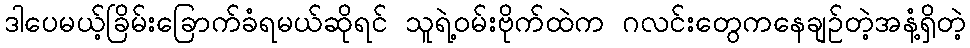
ဒါပေမယ့်ခြိမ်းခြောက်ခံရမယ်ဆိုရင် သူရဲ့ဝမ်းဗိုက်ထဲက ဂလင်းတွေကနေချဉ်တဲ့အနံ့ရှိတဲ့